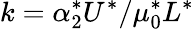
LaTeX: k=\alpha_{2}^{*}U^{*}/\mu_{0}^{*}L^{*}